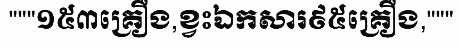
"""១៥៣គ្រឿង,ខ្វះឯកសារ៩៥គ្រឿង,"""